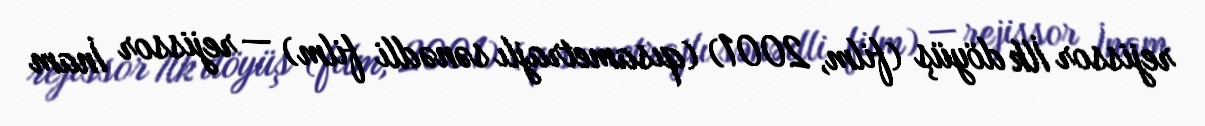
rejissor İlk döyüş (film, 2001) (qısametrajlı sənədli film) — rejissor İnam